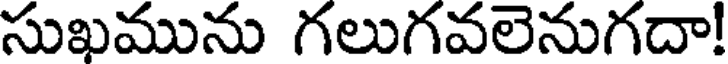
సుఖమును గలుగవలెనుగదా!